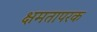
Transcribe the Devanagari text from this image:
क्षमतापरक